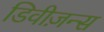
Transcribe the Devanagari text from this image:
डिवीज़न्स